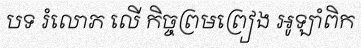
បទ រំលោភ លើ កិច្ចព្រមព្រៀង អូឡាំពិក